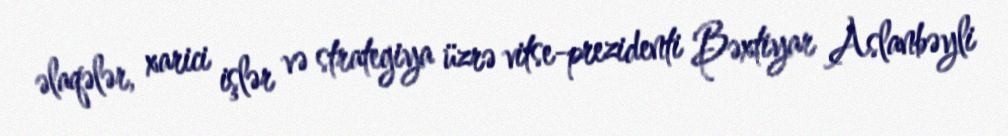
əlaqələr, xarici işlər və strategiya üzrə vitse-prezidenti Bəxtiyar Aslanbəyli